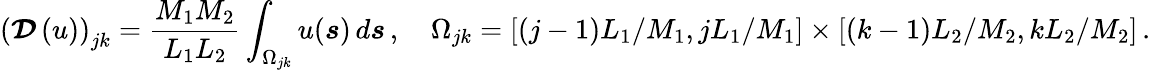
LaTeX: \left(\boldsymbol{\mathcal{D}}\left(u\right)\right)_{jk}=\frac{M_{1}M_{2}}{L_{1}L_{2}}\int_{\Omega_{jk}}u(\boldsymbol{s})\, d\boldsymbol{s}\, ,\quad\Omega_{jk}=\left[\left(j-1\right)L_{1}/M_{1},jL_{1}/M_{1}\right]\times\left[\left(k-1\right)L_{2}/M_{2},kL_{2}/M_{2}\right]\, .